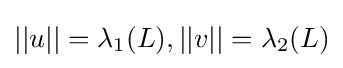
{\textstyle ||u||=\lambda _{1}(L),||v||=\lambda _{2}(L)}